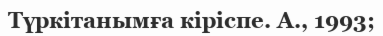
Түркітанымға кіріспе. А., 1993;